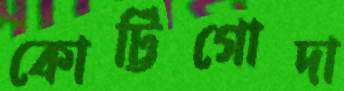
কোট্টিগোদা